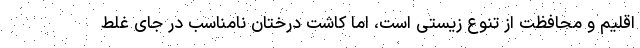
اقلیم و محافظت از تنوع زیستی است، اما کاشت درختان نامناسب در جای غلط